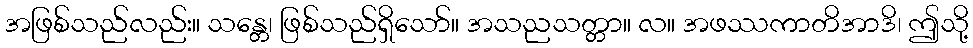
အဖြစ်သည်လည်း။ သန္တေ၊ ဖြစ်သည်ရှိသော်။ အသညသတ္တာ။ လ။ အဖဿကာတိအာဒိ၊ ဤသို့